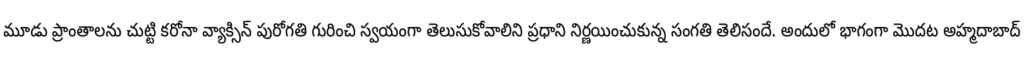
మూడు ప్రాంతాలను చుట్టి కరోనా వ్యాక్సిన్ పురోగతి గురించి స్వయంగా తెలుసుకోవాలిని ప్రధాని నిర్ణయించుకున్న సంగతి తెలిసందే. అందులో భాగంగా మొదట అహ్మదాబాద్